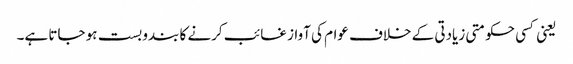
یعنی کسی حکومتی زیادتی کے خلاف عوام کی آواز غائب کرنے کا بندوبست ہو جاتا ہے۔